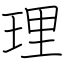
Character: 理